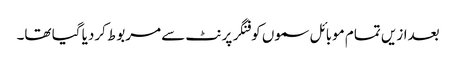
بعدازیں تمام موبائل سموں کو فنگر پرنٹ سے مربوط کردیا گیا تھا۔